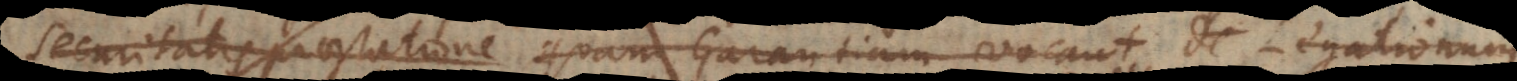
Securitatis praestatione quam Garantiam vocant, de Legationum